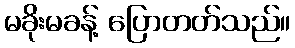
မခိုးမခန့် ပြောတတ်သည်။